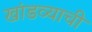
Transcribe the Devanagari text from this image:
खांडव्याची